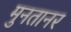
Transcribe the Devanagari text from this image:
मुनतानर